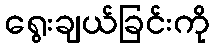
ရွေးချယ်ခြင်းကို